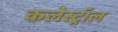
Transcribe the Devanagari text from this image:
कलेस्ट्रॉल